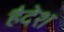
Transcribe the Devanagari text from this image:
हैदेश